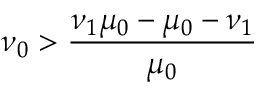
\nu _ { 0 } > \frac { \nu _ { 1 } \mu _ { 0 } - \mu _ { 0 } - \nu _ { 1 } } { \mu _ { 0 } }